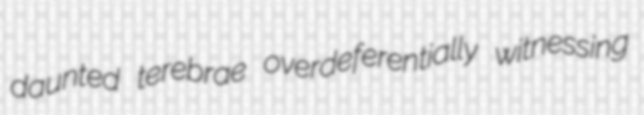
daunted terebrae overdeferentially witnessing